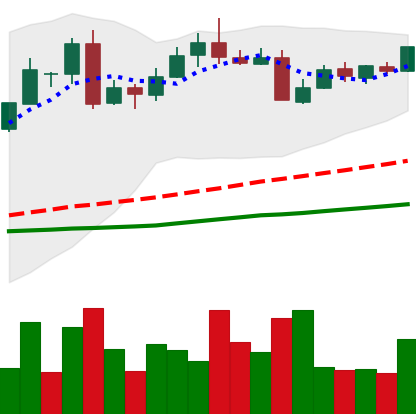
Ticker: LTC-USD
Chart end date: 2016-05-25
Forward return: 15.454%
Label: up_7plus